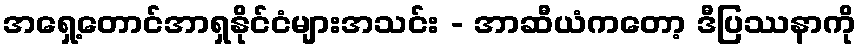
အရှေ့တောင်အာရှနိုင်ငံများအသင်း - အာဆီယံကတော့ ဒီပြဿနာကို